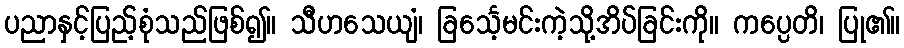
ပညာနှင့်ပြည့်စုံသည်ဖြစ်၍။ သီဟသေယျံ၊ ခြင်္သေ့မင်းကဲ့သို့အိပ်ခြင်းကို။ ကပ္ပေတိ၊ ပြု၏။